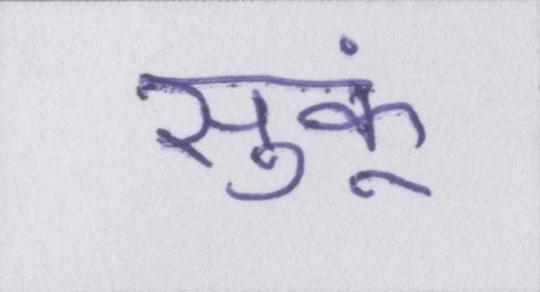
सुकूं